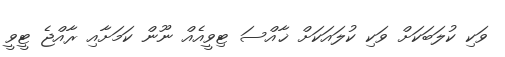
ވަކި ކުލަބަކަށް ވަކި ކުލައަކަށް ޚާއްސަ ޓިވީއެއް ނޫން ކަމަށާއި ރާއްޖެ ޓީވީ